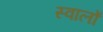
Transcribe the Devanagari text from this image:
स्वालों